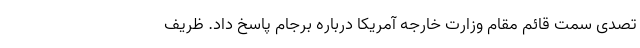
تصدی سمت قائم مقام وزارت خارجه آمریکا درباره برجام پاسخ داد. ظریف